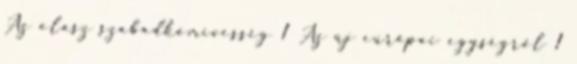
Az olasz szabadkőmívesség 1 Az új európai egységről 1